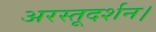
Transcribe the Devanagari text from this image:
अरस्तूदर्शन।